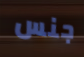
جنس